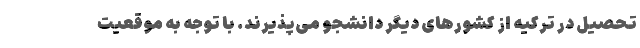
تحصیل در ترکیه از کشورهای دیگر دانشجو می‌پذیرند. با توجه به موقعیت